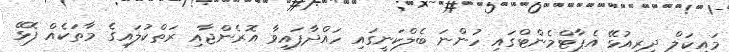
މައިކަލް ދިރިއުޅޭ އެޕާޓްމެންޓްގައި ހުންނަ ބެލްކަނީގައި ހައްދާފައިވާ އޮރެންޖާއި ރަތްކުލައިގެ މާތަކެއް ފޮޅޭ